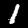
Digit: 1